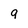
Character: 9